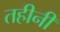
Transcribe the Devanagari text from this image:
तहीनी